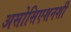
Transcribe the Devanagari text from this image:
असोसिएशनशी